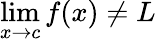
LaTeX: \operatorname*{lim}_{x\to c}f(x)\neq L